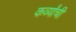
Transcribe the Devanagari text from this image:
कर्व्यांची